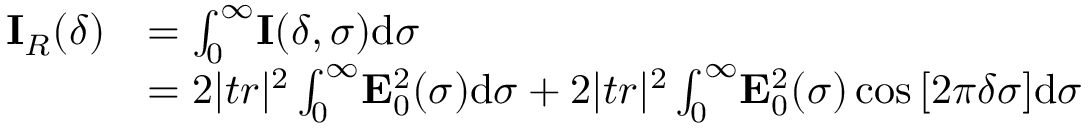
\begin{array} { r l } { \mathbf { I } _ { R } ( \delta ) } & { = \int _ { 0 } ^ { \infty } \! \mathbf { I } ( \delta , \sigma ) \mathrm { d } \sigma } \\ & { = 2 | t r | ^ { 2 } \int _ { 0 } ^ { \infty } \! \mathbf { E } _ { 0 } ^ { 2 } ( \sigma ) \mathrm { d } \sigma + 2 | t r | ^ { 2 } \int _ { 0 } ^ { \infty } \! \mathbf { E } _ { 0 } ^ { 2 } ( \sigma ) \cos { [ 2 \pi \delta \sigma ] } \mathrm { d } \sigma } \end{array}